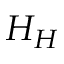
H _ { H }